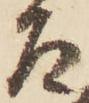
た